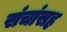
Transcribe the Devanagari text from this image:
संचांसह